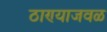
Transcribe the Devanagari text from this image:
ठाण्याजवळ